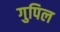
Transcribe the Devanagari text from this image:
गुपिल